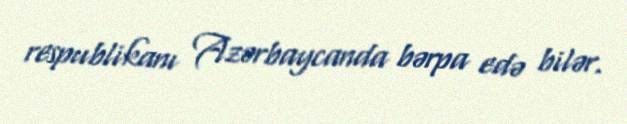
respublikanı Azərbaycanda bərpa edə bilər.